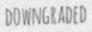
DOWNGRADED